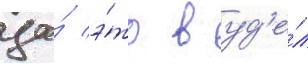
за́ э́то в уд'е́л